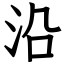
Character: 沿